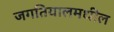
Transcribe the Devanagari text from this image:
जगतियालमधील